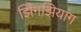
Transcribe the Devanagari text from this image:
झिंगझियांग